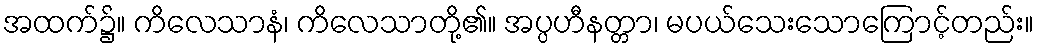
အထက်၌။ ကိလေသာနံ၊ ကိလေသာတို့၏။ အပ္ပဟီနတ္တာ၊ မပယ်သေးသောကြောင့်တည်း။